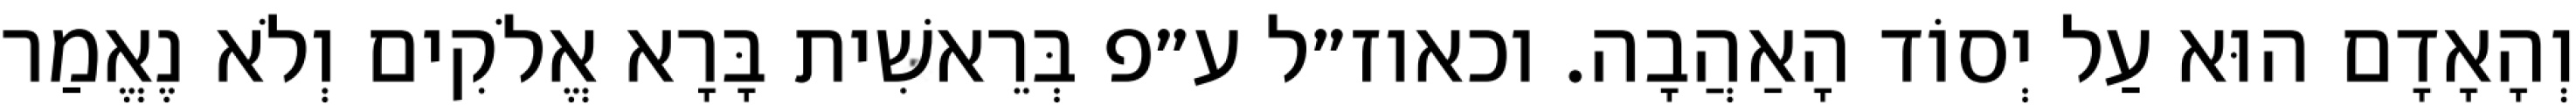
וְהָאָדָם הוּא עַל יְסוֹד הָאַהֲבָה. וכאוז״ל ע״פ בְּרֵאשִׁית בָּרָא אֱלֹקִים וְלֹא נֶאֱמַר